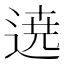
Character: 𮞚